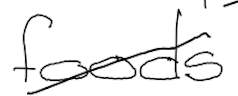
Text: foods
Cross-out: diagonal
Writing tool: digital_black